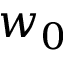
w _ { 0 }